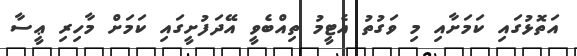
އަތޮޅުގައި ކަމަށާއި މި ވަގުތު އެޓީމު ތިއްބެވީ އޭދަފުށީގައި ކަމަށް މާހިރި ޢީސާ